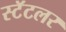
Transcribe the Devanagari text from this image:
स्टॅटलर